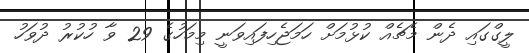
ލީގްގައި ދެން މެޗެއް ކުޅުމަށް ހަމަޖެހިފައިވަނީ މިމަހުގެ 29 ވާ ހުކުރު ދުވަހު